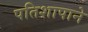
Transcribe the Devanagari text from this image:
पतिशापाने